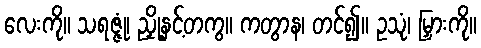
လေးကို။ သရဇ္ဇုံ၊ ညှို့နှင့်တကွ။ ကတွာန၊ တင်၍။ ဥသုံ၊ မြှားကို။